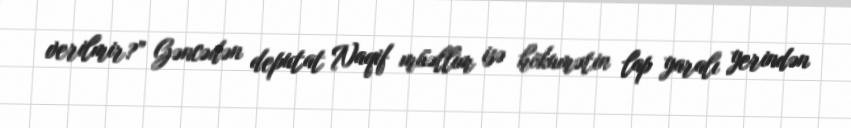
verilmir?” Gəncədən deputat Naqif müəllim isə hökumətin lap yaralı yerindən